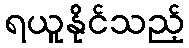
ရယူနိုင်သည့်